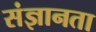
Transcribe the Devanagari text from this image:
संज्ञानता